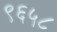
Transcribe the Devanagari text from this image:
९६५८